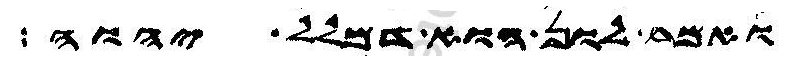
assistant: ואמר לון הוא דמלל יהוה